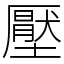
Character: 壓